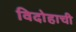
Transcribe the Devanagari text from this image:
विदोहाची